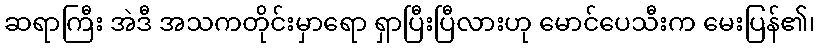
ဆရာကြီး အဲဒီ အသကတိုင်းမှာရော ရှာပြီးပြီလားဟု မောင်ပေသီးက မေးပြန်၏၊